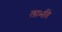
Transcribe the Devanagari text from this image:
लाभति